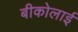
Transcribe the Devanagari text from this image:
बीकोलाई